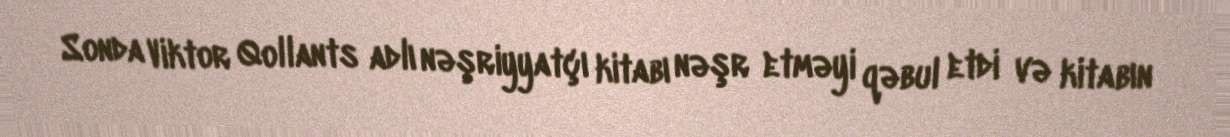
Sonda Viktor Qollants adlı nəşriyyatçı kitabı nəşr etməyi qəbul etdi və kitabın